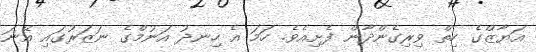
އަޔާޒްގެ ހިތް ވިރިގެންދާން ފެށިއެވެ. ހަމަ އެ ހިނދު އަނުމްގެ ނަޒަރުގައި އޭނަ